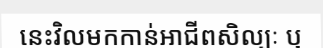
នេះវិលមកកាន់អាជីពសិល្បៈ ឬ